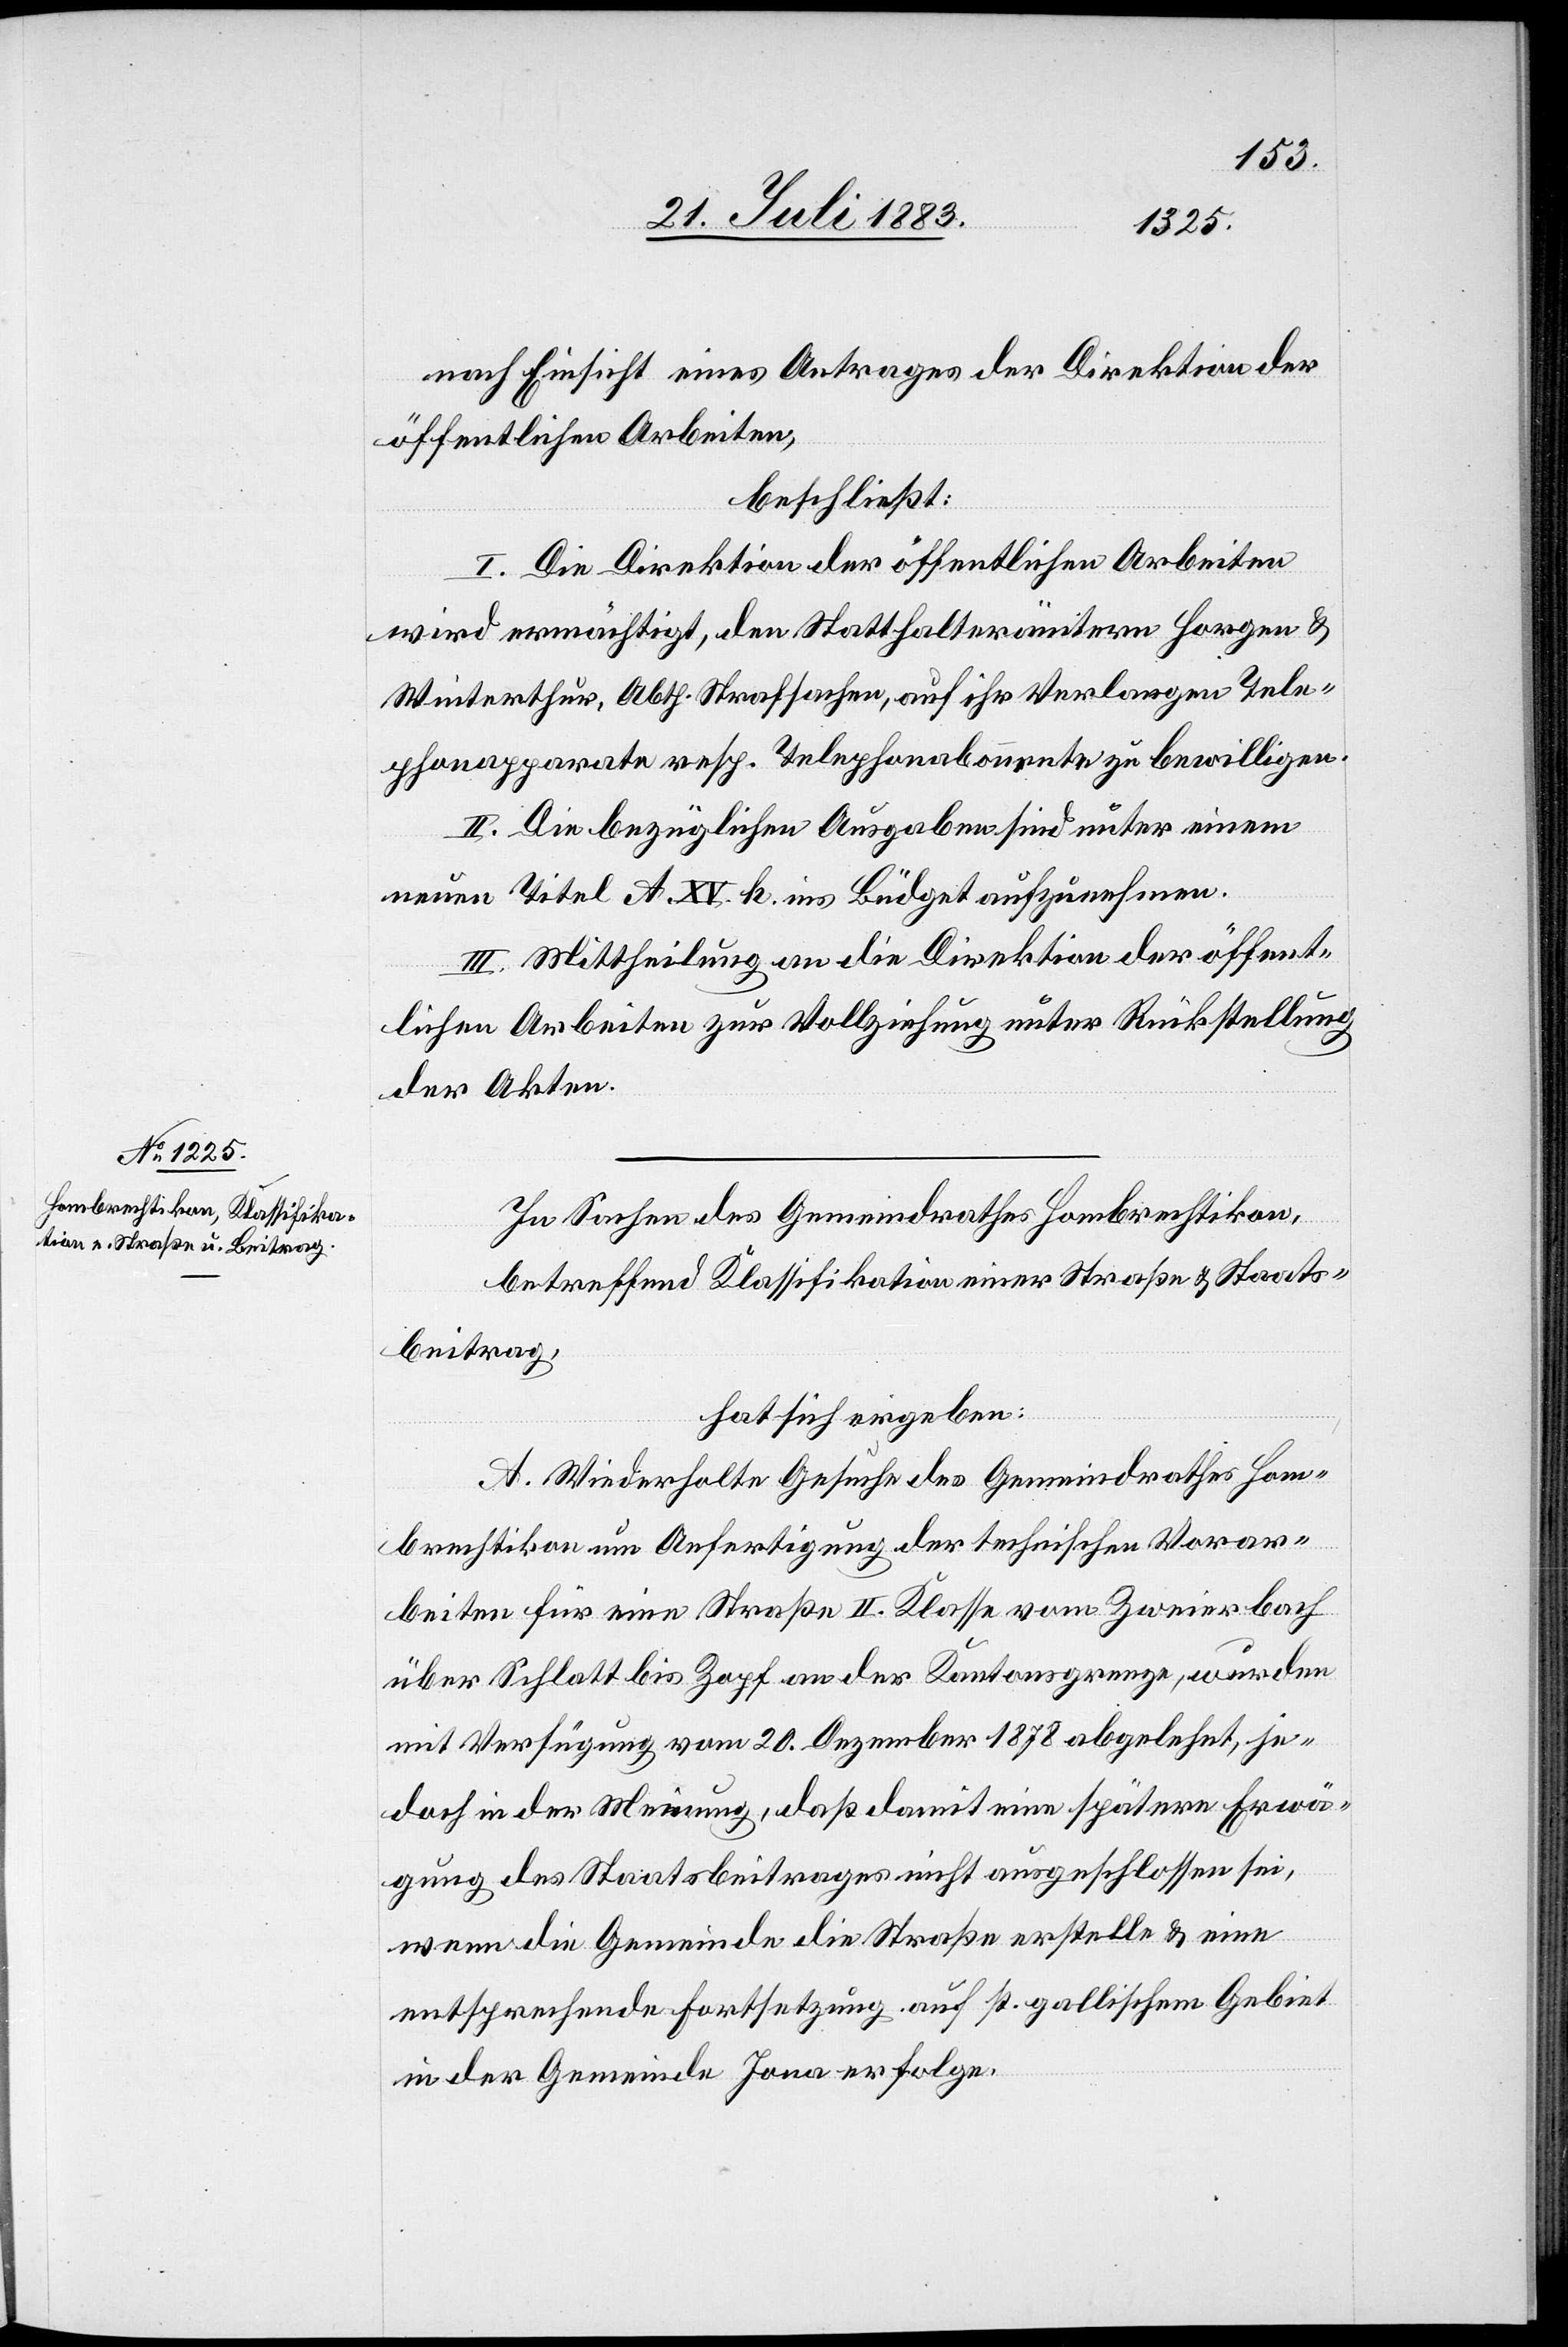
nach Einsicht eines Antrages der Direktion der
öffentlichen Arbeiten,
beschließt:
I. Die Direktion der öffentlichen Arbeiten
wird ermächtigt, den Statthalterämtern Horgen &
Winterthur, Abth. Strafsachen, auf ihr Verlangen Tele¬
phonapparate resp. Telephonabonn[em]ente zu bewilligen.
II. Die bezüglichen Ausgaben sind unter einem
neuen Titel A. XV. h. ins Büdget aufzunehmen.
III. Mittheilung an die Direktion der öffent¬
lichen Arbeiten zur Vollziehung unter Rückstellungen
der Akten.
In Sachen des Gemeindrathes Hombrechtikon,
betreffend Klassifikation einer Straße & Staats¬
beitrag,
hat sich ergeben:
A. Wiederholte Gesuche des Gemeindrathes Hom¬
brechtikon um Anfertigung der technischen Vorar¬
beiten für eine Straße II. Klasse vom Zweierbach
über Schlatt bis Zopf an der Kantonsgrenze, wurden
mit Verfügung vom 20. Dezember 1878 abgelehnt, je¬
doch in der Meinung, daß damit eine spätere Erwä¬
gung des Staatsbeitrages nicht ausgeschlossen sei,
wenn die Gemeinde die Straße erstelle & eine
entsprechende Fortsetzung auf st. gallischem Gebiet
in der Gemeinde Jona erfolge.